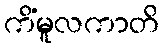
ကိံမူလကာတိ